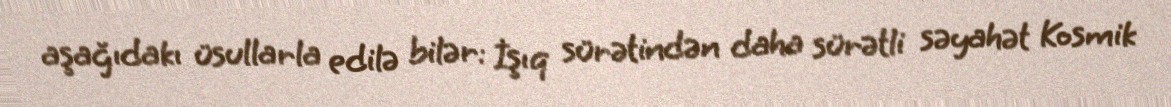
aşağıdakı üsullarla edilə bilər: İşıq sürətindən daha sürətli səyahət Kosmik